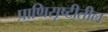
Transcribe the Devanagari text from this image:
प्राणिसृष्टीतील